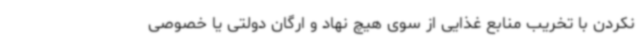
نکردن با تخریب منابع غذایی از سوی هیچ نهاد و ارگان دولتی یا خصوصی